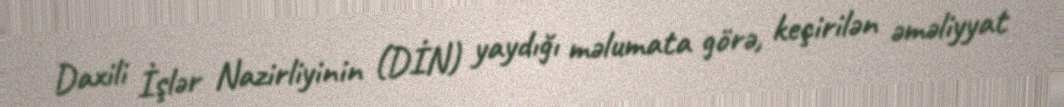
Daxili İşlər Nazirliyinin (DİN) yaydığı məlumata görə, keçirilən əməliyyat